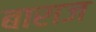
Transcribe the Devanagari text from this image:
बाराज